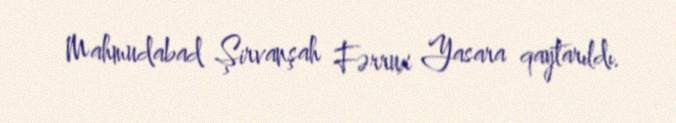
Mahmudabad Şirvanşah Fərrux Yasara qaytarıldı.